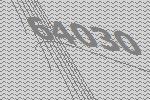
64030